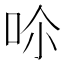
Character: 𠰒